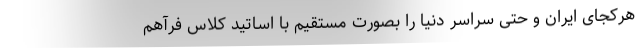
هرکجای ایران و حتی سراسر دنیا را بصورت مستقیم با اساتید کلاس فرآهم